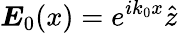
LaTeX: \boldsymbol{E}_{0}(x)=e^{ik_{0}x}\hat{z}